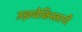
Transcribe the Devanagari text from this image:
उझबेकिस्तानी